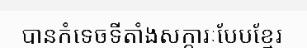
បានកំទេចទីតាំងសក្ការៈបែបខ្មែរ